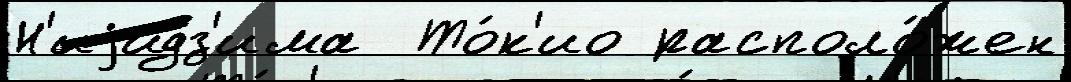
Н'иjидз'има  То́к'ио располо́жен